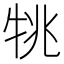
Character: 𤙔